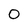
Character: 0